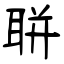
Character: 聠